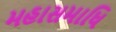
મહાસમાધિ